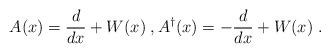
LaTeX: \begin{align*}A(x)=\frac{d}{dx}+W(x)\;,A^\dagger(x)=-\frac{d}{dx}+W(x)\;.\end{align*}